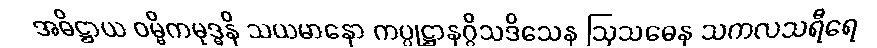
အဓိဋ္ဌာယ ဝမ္မိကမုဒ္ဓနိ သယမာနော ကပ္ပုဋ္ဌာနဂ္ဂိသဒိသေန ဩသဓေန သကလသရီရေ